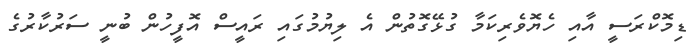
ޑިމޮކްރަސީ އާއި ހެޔޮވެރިކަމާ ގުޅޭގޮތުން އެ ލިޔުމުގައި ރައީސް އޮފީހުން ބުނީ ސަރުކާރުގެ